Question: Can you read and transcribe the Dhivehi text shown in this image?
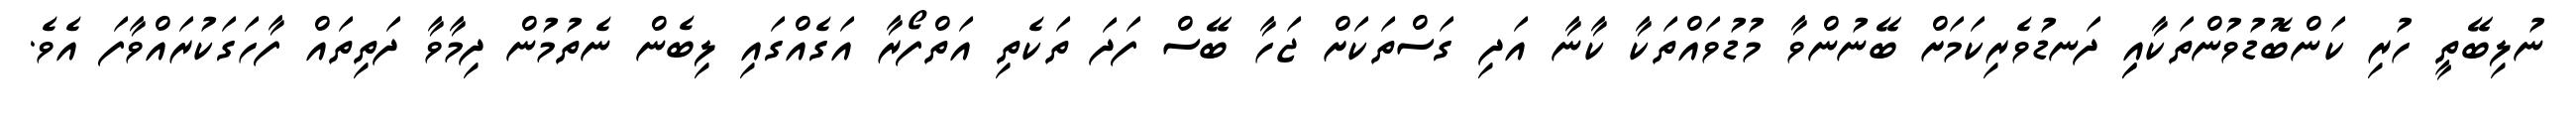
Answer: ނުލިބޭތީ ހުރި ކަންބޮޑުވުންތަކާއިި ދަނޑުވެރިކަމަށް ބޭނުންވާ މުޑުވައްތަކާ ކާނާ އަދި ގަސްތަކަށް ޖަހާ ބޭސް ފަދަ ތަކެތި އަތްފޯރާ އަގެއްގައި ލިބެން ނެތުމުން ދިމާވާ ދަތިތައް ފާހަގަކުރައްވާފަ އެވެ.